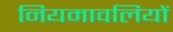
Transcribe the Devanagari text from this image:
नियमावलियों